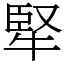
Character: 㹂